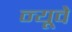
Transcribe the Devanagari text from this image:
न्यूवे